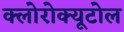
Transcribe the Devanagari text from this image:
क्लोरोक्यूटोल